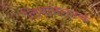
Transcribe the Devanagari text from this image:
लिगामेन्टके